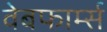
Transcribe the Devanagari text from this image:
वेबफार्म्स